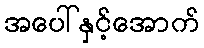
အပေါ်နှင့်အောက်